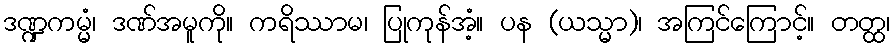
ဒဏ္ဍကမ္မံ၊ ဒဏ်အမူကို။ ကရိဿာမ၊ ပြုကုန်အံ့။ ပန (ယသ္မာ)၊ အကြင်ကြောင့်။ တတ္ထ၊